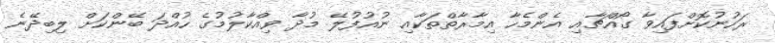
ރަހުނުކޮށްފައިވާ ގޯއްޗާއި އެންމެހާ އިމާރާތްތަކާއި ނުއުފުލޭ މުދާ ވިއްކާލުމުގެ ހުއްދަ ބޭންކަށް ލިބިދޭނެ